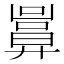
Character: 𢍬